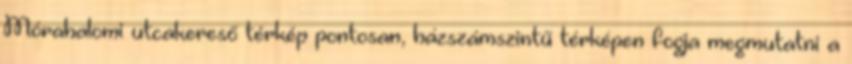
Mórahalomi utcakereső térkép pontosan, házszámszintű térképen fogja megmutatni a